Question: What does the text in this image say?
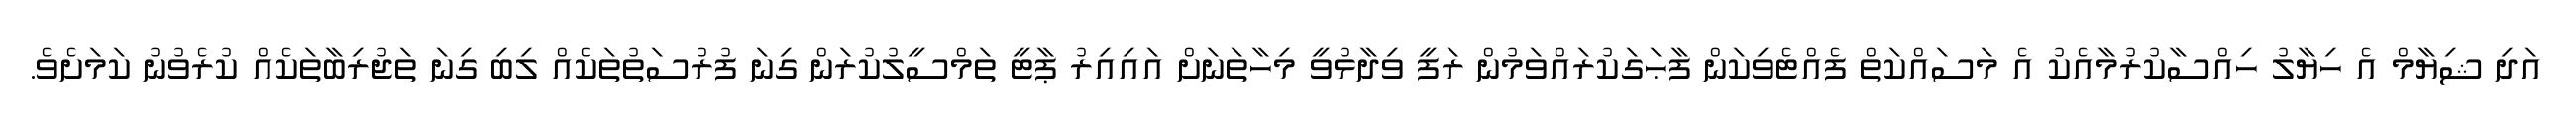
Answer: އަދި ޝިޔާމް އެ ހިޔާލު ހިއްސާކުރުމާއެކު އެ މަސައްކަތް ފެއްޓެވިކަން ފާޙަގަކުރައްވަމުން ރަފީ ވިދާޅުވީ މިހާތަނަށް އައިއިރު ޕާޓީ ތަމްސީލުކުރަން ގިނަ ފުރުސަތުތަކެއް ލިބި ގިނަ ތަޖުރިބާތަކެއް ކުރެވުނު ކަމަށެވެ.